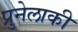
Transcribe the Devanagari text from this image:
प्रुनेलाकी